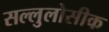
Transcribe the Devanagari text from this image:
सल्लुलोसीक